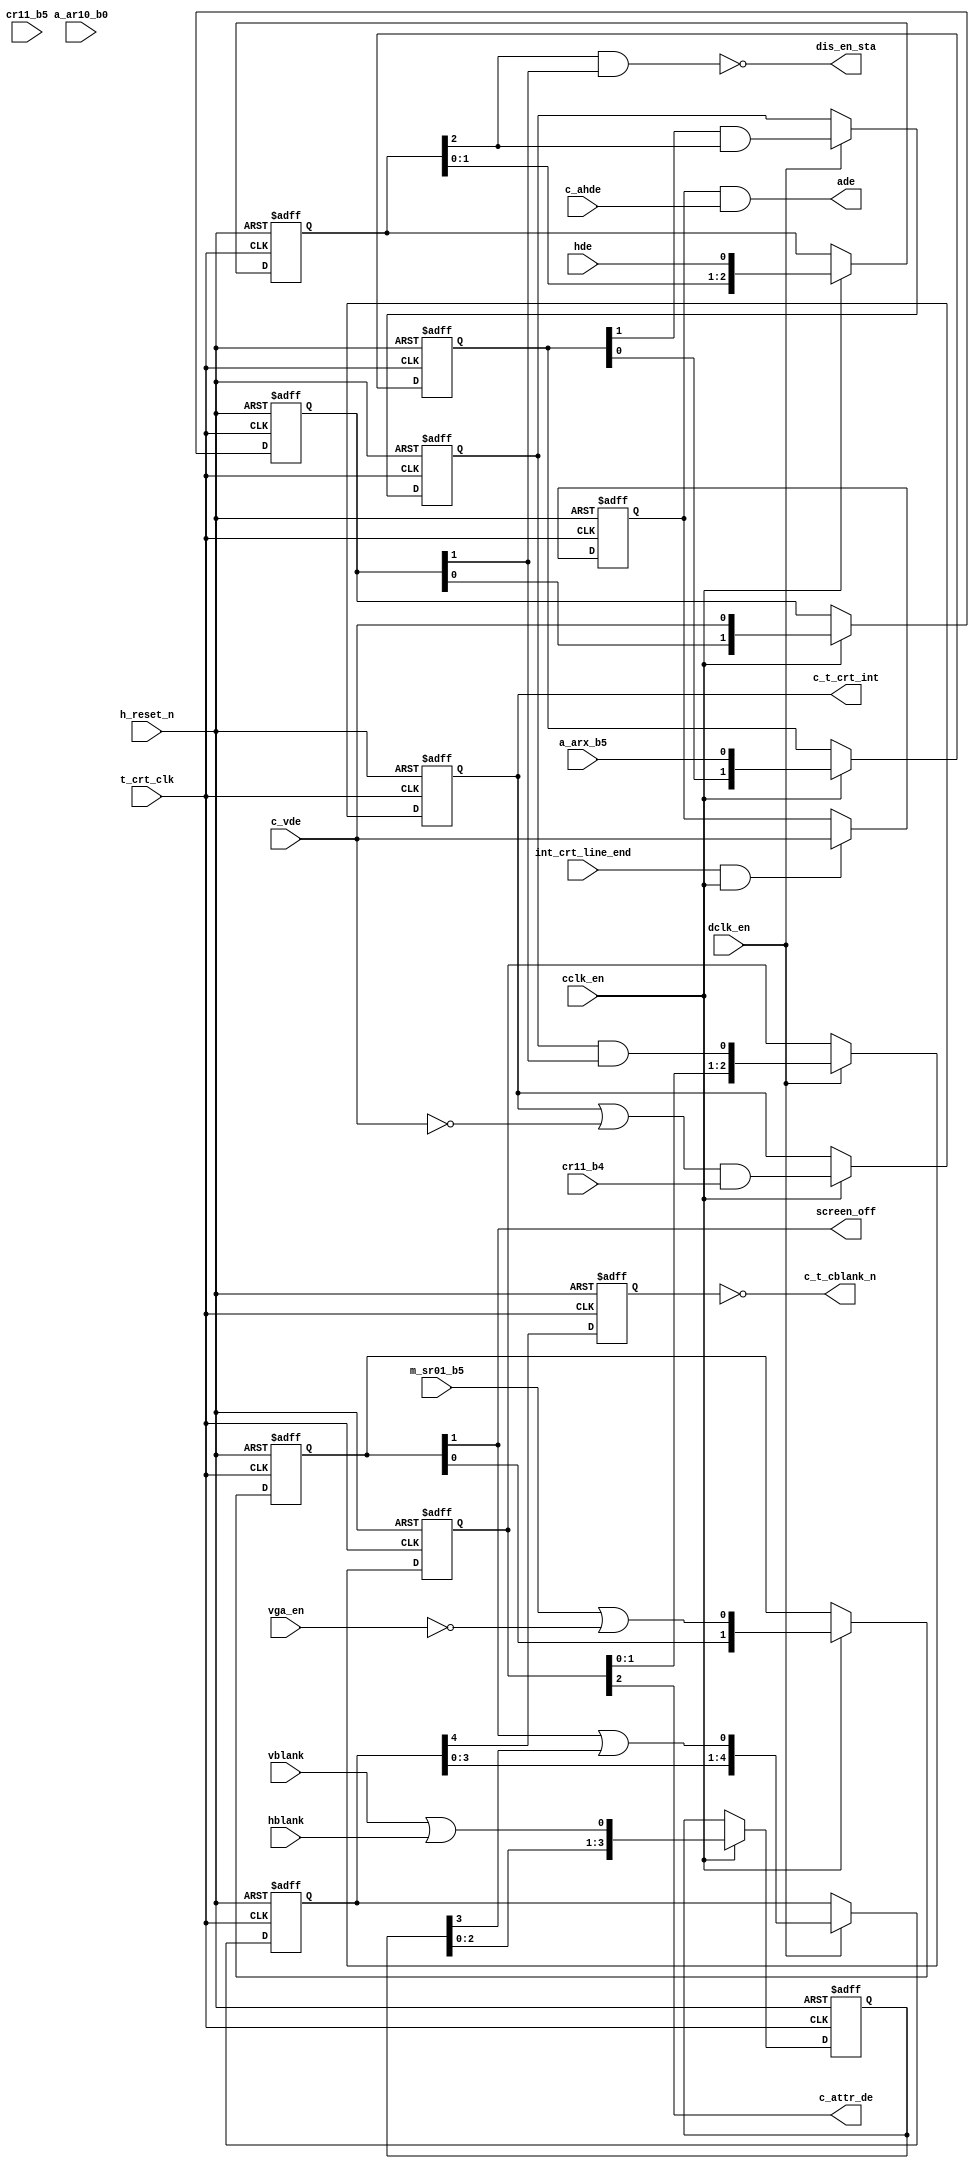
module crt_op_stage
    (
     input       h_reset_n,
     input       c_vde,            
     input       cr11_b4,          
     input       cr11_b5,          
     input       a_arx_b5,         
     input       m_sr01_b5,        
     input       vblank,           
     input       hblank,           
     input       cclk_en,          
     input       dclk_en,          
     input       hde,              
     input       c_ahde,	   
     input       int_crt_line_end, 
     input       t_crt_clk, 
     input       a_ar10_b0,
     input       vga_en,           
     output      c_t_crt_int,      
     output      c_attr_de,        
     output      c_t_cblank_n,     
     output      ade,              
     output      screen_off,
     output      dis_en_sta
     );
  reg 		 ade_ff;
  reg 		 intrpt_ff;
  reg 		 gated_hde_ff;
  reg 		 syn_cblank_ff;
  reg [2:0] 	 int_attr_de_d;
  reg [4:0] 	 int_cblank_d_dc;
  reg [2:0] 	 hde_d_cc;
  reg [1:0] 	 vde_syn_cclk;
  reg [1:0] 	 sr01_b5_syn_cclk;
  wire 		 comp_blank;
  reg [3:0] 	 comp_blank_d_cc;
  wire 		 int_cblank;
  wire 		 int_intrpt;
  wire 		 arx_b5_syn_cclk;
  wire 		 clr_intrpt_n = cr11_b4;
  wire 		 int_attr_de;
  reg [1:0] 	 sync1;
  wire [4:0] 	 h_blank_d_dc;
  always @(posedge t_crt_clk or negedge h_reset_n)
    if (!h_reset_n) begin
      hde_d_cc <= 3'b0;
      sync1 <= 2'b0;
      vde_syn_cclk <= 2'b0;
      sr01_b5_syn_cclk <= 2'b11;
      comp_blank_d_cc <= 4'b0;
    end else if (cclk_en) begin
      hde_d_cc <= {hde_d_cc[1:0], hde};
      sync1 <= {sync1[0], a_arx_b5};
      vde_syn_cclk <= {vde_syn_cclk[0], c_vde};
      sr01_b5_syn_cclk <= {sr01_b5_syn_cclk[0], (m_sr01_b5 | ~vga_en)};
      comp_blank_d_cc <= {comp_blank_d_cc[2:0], comp_blank};
    end
  assign arx_b5_syn_cclk = sync1[1];
  always @(posedge t_crt_clk or negedge h_reset_n)
    if (~h_reset_n)   gated_hde_ff <=  1'b0;
    else if (dclk_en) gated_hde_ff <=  ( arx_b5_syn_cclk & hde_d_cc[2] );
  assign      int_attr_de = gated_hde_ff & vde_syn_cclk[1];
  assign      dis_en_sta = ~(hde_d_cc[2] & vde_syn_cclk[1]);
  always @(posedge t_crt_clk or negedge h_reset_n)
    if (!h_reset_n)   int_attr_de_d <= 3'b0;
    else if (dclk_en) int_attr_de_d <= {int_attr_de_d[1:0], int_attr_de};
  assign      c_attr_de = int_attr_de_d[2];
  assign      screen_off = sr01_b5_syn_cclk[1];
  assign      comp_blank = vblank | hblank;
  assign      int_cblank = sr01_b5_syn_cclk[1] | comp_blank_d_cc[3];
  always @(posedge t_crt_clk or negedge h_reset_n)
    if (!h_reset_n)   int_cblank_d_dc <= 5'b0;
    else if (dclk_en) int_cblank_d_dc <= {int_cblank_d_dc[3:0], int_cblank};
  always @(posedge t_crt_clk or negedge h_reset_n)
    if(~h_reset_n) syn_cblank_ff <= 1'b0;
    else           syn_cblank_ff <= int_cblank_d_dc[4];
  assign      c_t_cblank_n = ~syn_cblank_ff;
  assign      int_intrpt = ( intrpt_ff | (~c_vde) ) & cr11_b4;
  always @(posedge t_crt_clk or negedge h_reset_n)
    if(~h_reset_n)    intrpt_ff <= 1'b0;
    else if (cclk_en) intrpt_ff <= int_intrpt;
  assign      c_t_crt_int       = intrpt_ff;
  always @(posedge t_crt_clk or negedge h_reset_n)
    if (~h_reset_n)                      ade_ff <= 1'b0;
    else if (int_crt_line_end & cclk_en) ade_ff <= c_vde;
  assign      ade = ade_ff & c_ahde;
endmodule